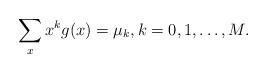
LaTeX: \begin{align*}\sum_x x^k g(x) = \mu_k, k=0,1,\ldots,M.\end{align*}